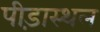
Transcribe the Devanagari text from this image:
पीड़ास्थल